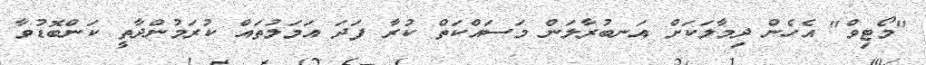
"މޯޓިވް" އެހެން ދިމާލަކަށް އަނބުރާލަން މަސައްކަތް ކުރާ ފަދަ އަމަލުތައް ކުރަމުންދާތީ ކަންބޮޑުވާ